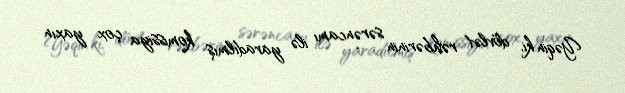
Yəqin ki, dövlət rəhbərinin sərəncamı ilə yaradılmış komissiya çox yaxın